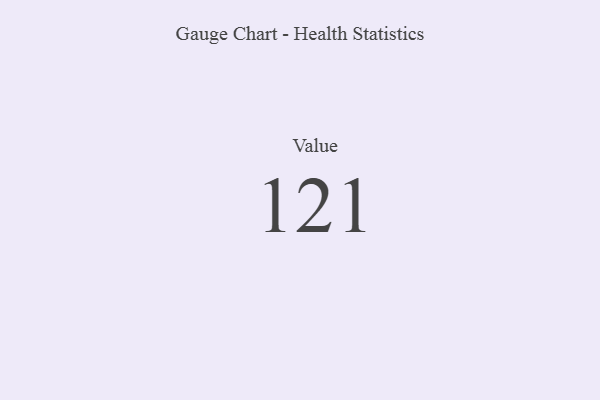
{"axis": {"x": "Metric", "y": "Value"}, "legend": [""], "data": [{"x": "Value", "y": 121, "type": ""}]}